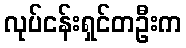
လုပ်ငန်းရှင်တဦးက